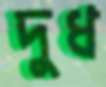
দুধ